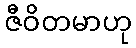
ဇီဝိတမာဟု